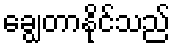
ချွေတာနိုင်သည်